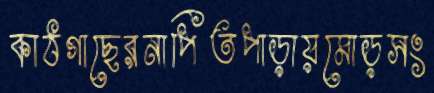
কাঠগাছেরনাপিতপাড়ায়মোড়সং